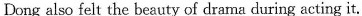
Dong also felt the beauty of drama during acting it.